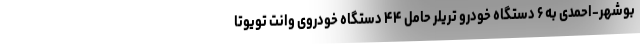
بوشهر-احمدی به ۶ دستگاه خودرو تریلر حامل ۴۴ دستگاه خودروی وانت تویوتا